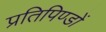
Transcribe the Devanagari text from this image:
प्रतिपिण्डों